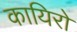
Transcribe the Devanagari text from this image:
कायिरो